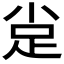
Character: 𲃕